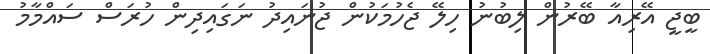
ބީޖީ އޭރިއާ ބޭރުން ލިބުނު ހިލޭ ޖެހުމަކުން ޖުނައިދު ނަގައިދިން ހުރަސް ސައްމާމު